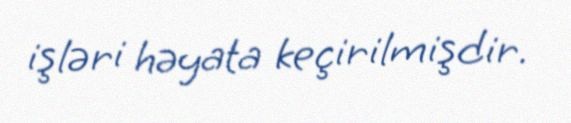
işləri həyata keçirilmişdir.